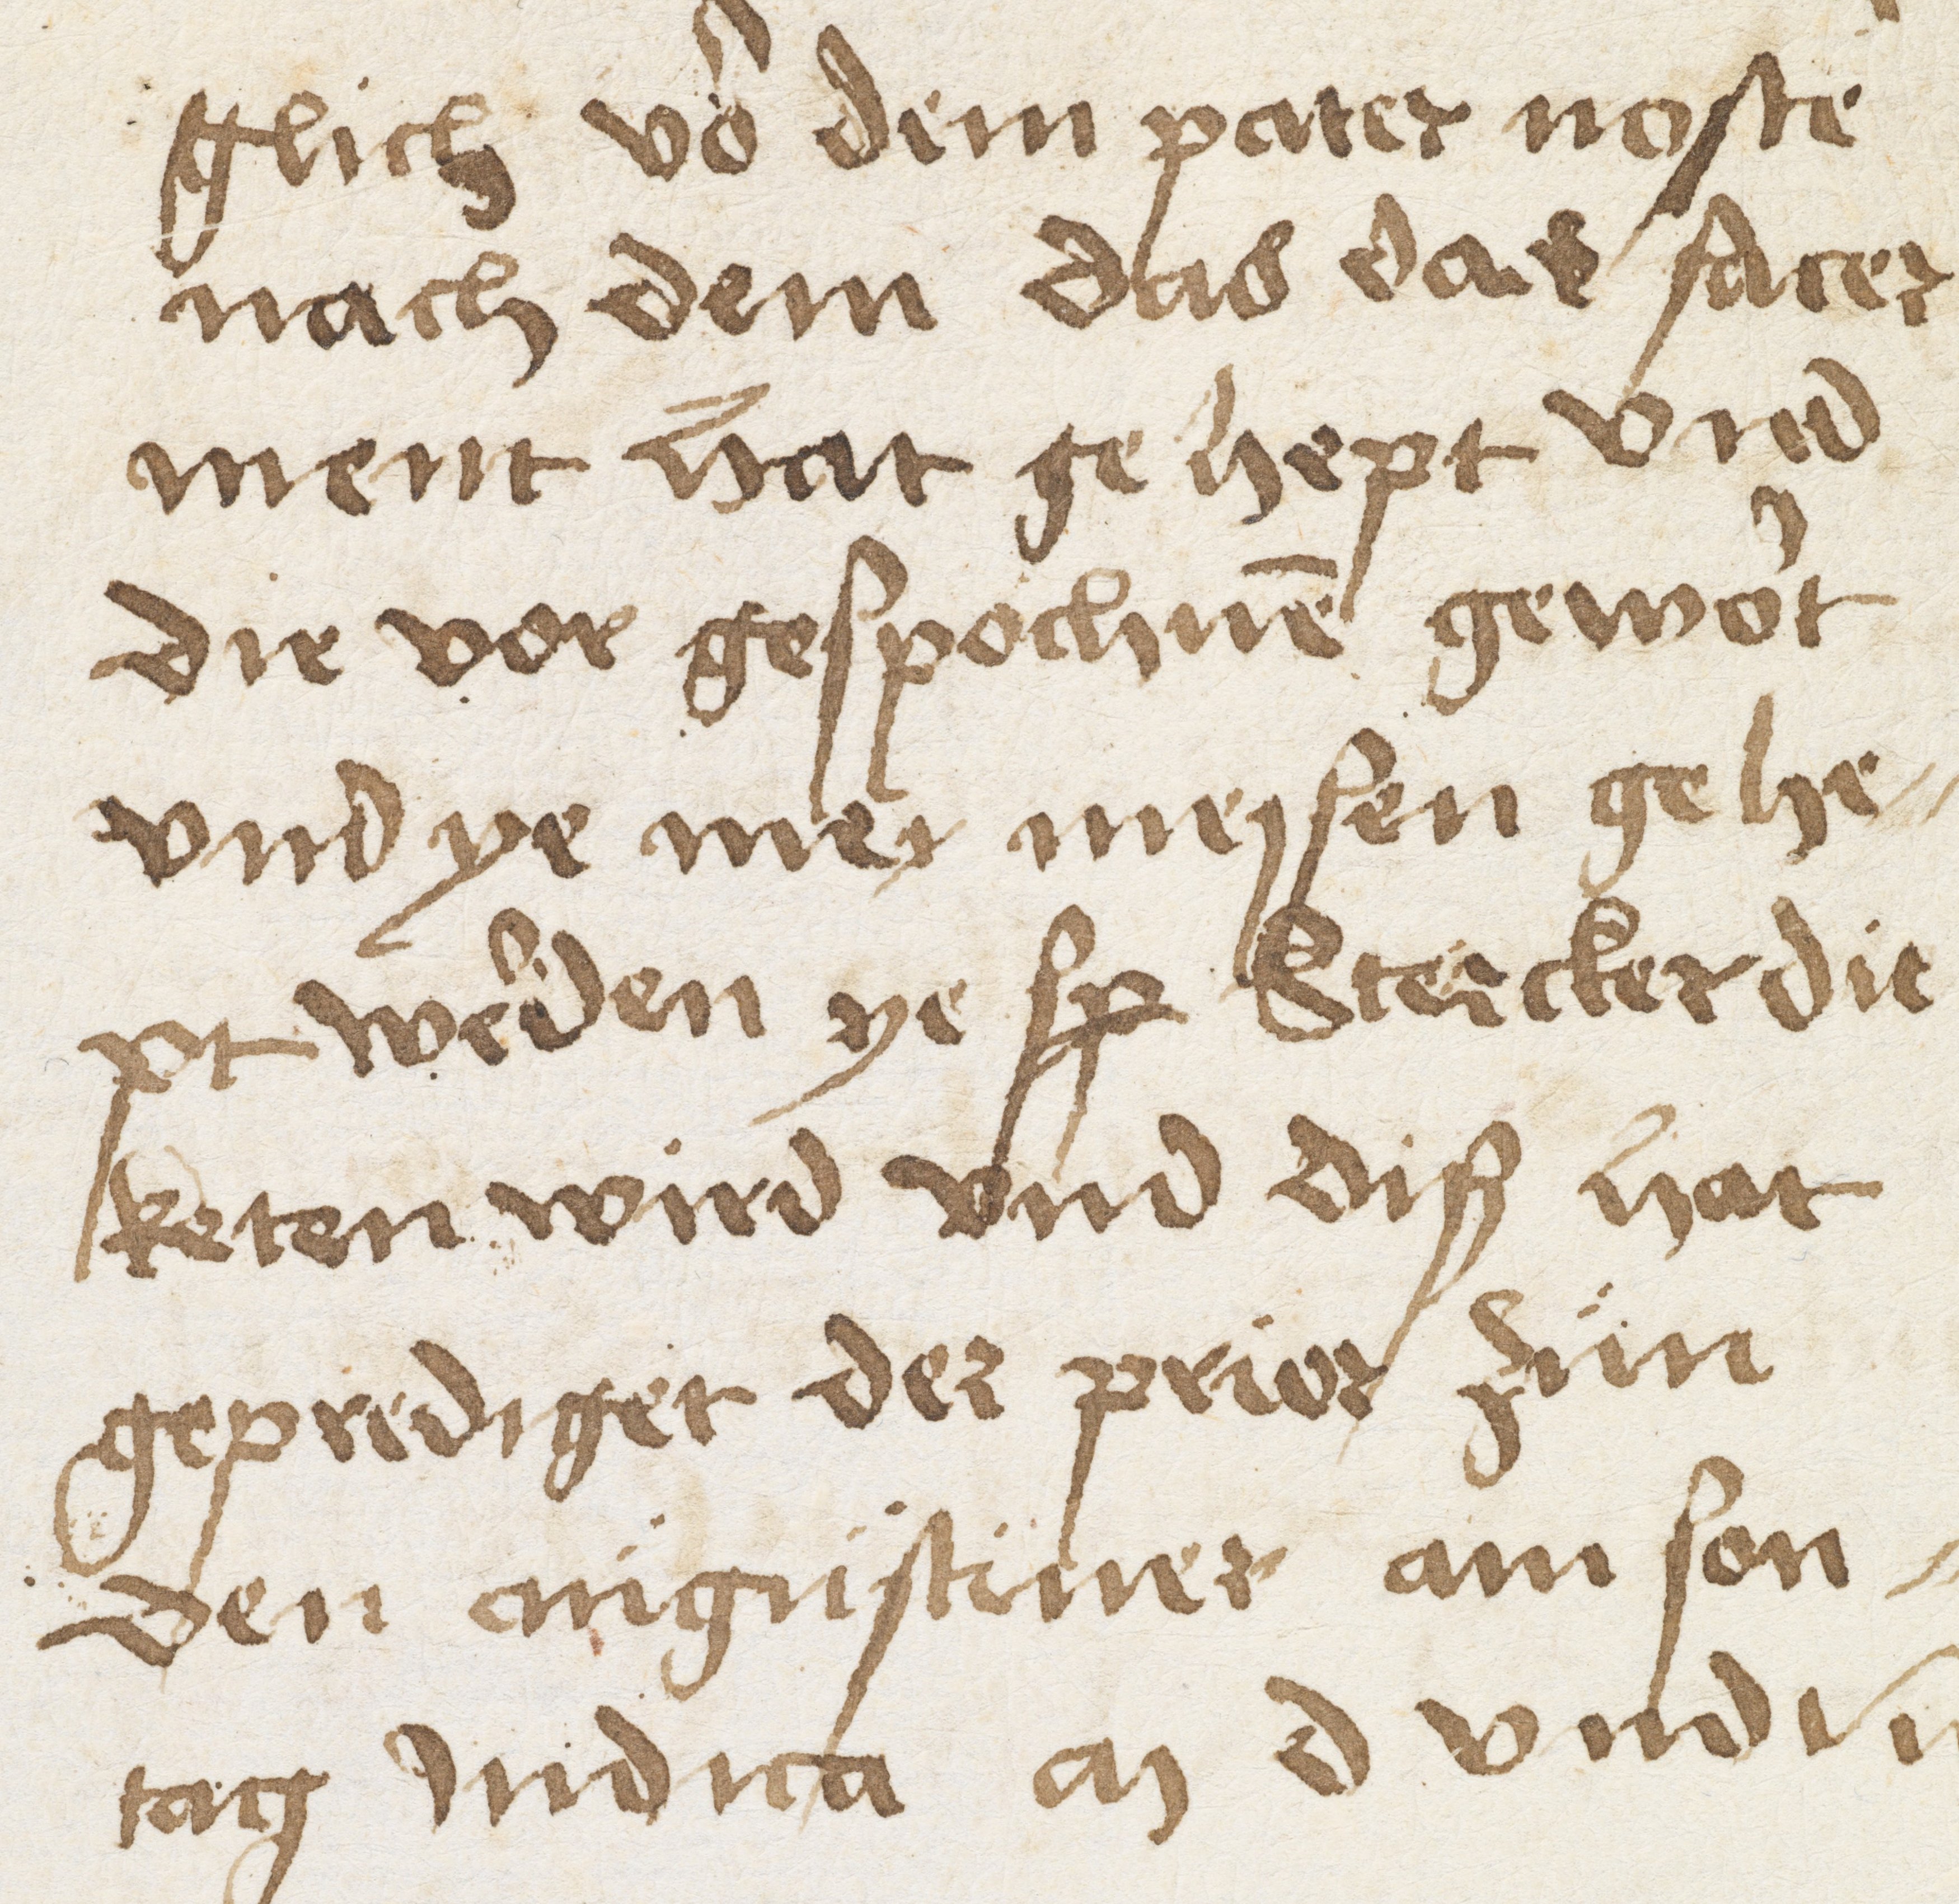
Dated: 1500–1530